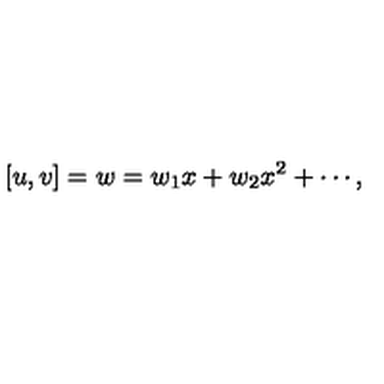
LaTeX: [ u , v ] = w = w _ { 1 } x + w _ { 2 } x ^ { 2 } + \cdots ,